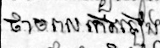
ថាមពលកើតឡើង